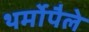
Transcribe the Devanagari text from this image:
थर्मोपैले